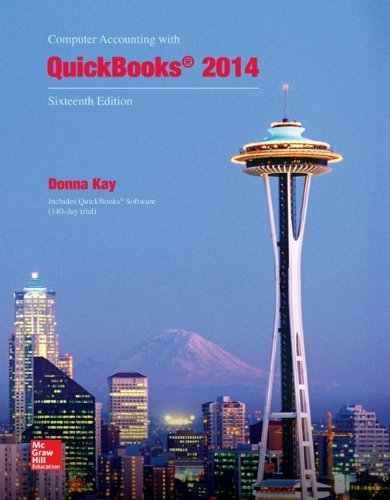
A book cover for By Donna Kay Computer Accounting with QuickBooks 2014 (16th Edition); Donna Kay; Computers & Technology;